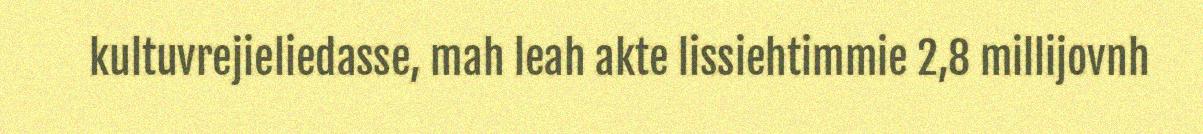
kultuvrejieliedasse, mah leah akte lissiehtimmie 2,8 millijovnh